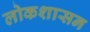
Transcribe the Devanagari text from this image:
लोकशासन